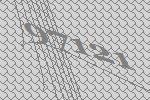
97121